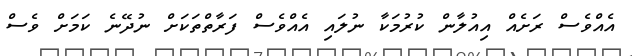
އެއްވެސް ރަށެއް އިއުލާން ކުރުމަކާ ނުލައި އެއްވެސް ފަރާތްތަކަށް ނުދޭނެ ކަމަށް ވެސް